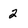
Character: 2